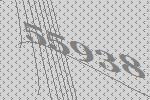
55938